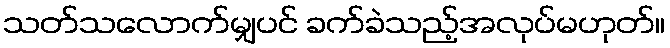
သတ်သလောက်မျှပင် ခက်ခဲသည့်အလုပ်မဟုတ်။